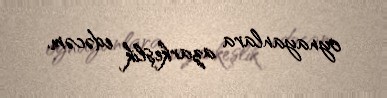
oynayanlara azarkeşlik edəcəm.